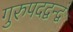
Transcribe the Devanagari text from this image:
गुरुपदद्वन्द्वं